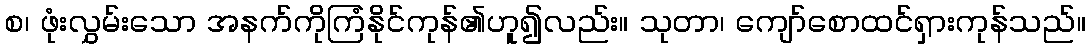
စ၊ ဖုံးလွှမ်းသော အနက်ကိုကြံနိုင်ကုန်၏ဟူ၍လည်း။ သုတာ၊ ကျော်စောထင်ရှားကုန်သည်။